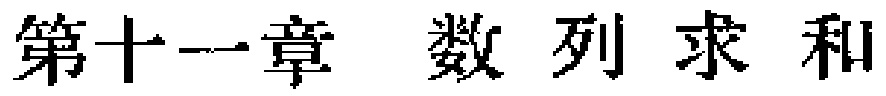
第十一章 数列求和